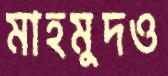
মাহমুদও